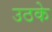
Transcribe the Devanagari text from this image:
उठके